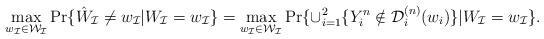
LaTeX: \begin{align*} \max_{w_\mathcal{I}\in \mathcal{W}_\mathcal{I}}\Pr\{\hat W_\mathcal{I} \ne w_\mathcal{I} | W_\mathcal{I}=w_\mathcal{I}\} = \max_{w_\mathcal{I}\in \mathcal{W}_\mathcal{I}}\Pr\{\cup_{i=1}^2\{Y_i^n \notin \mathcal{D}_i^{(n)}(w_i)\} | W_\mathcal{I}=w_\mathcal{I}\}.\end{align*}